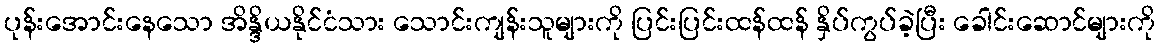
ပုန်းအောင်းနေသော အိန္ဒိယနိုင်ငံသား သောင်းကျန်းသူများကို ပြင်းပြင်းထန်ထန် နှိပ်ကွပ်ခဲ့ပြီး ခေါင်းဆောင်များကို